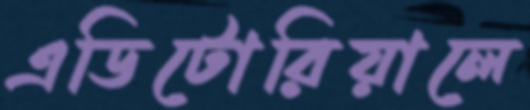
এডিটোরিয়ালে